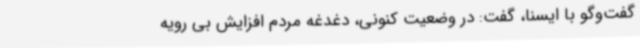
گفت‌وگو با ایسنا، گفت: در وضعیت کنونی، دغدغه مردم افزایش بی رویه